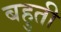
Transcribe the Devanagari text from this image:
बहुती